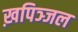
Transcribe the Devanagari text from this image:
ख़पिञ्जल